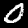
Digit: 0